Civil Veterinary Department ledger series I-VI
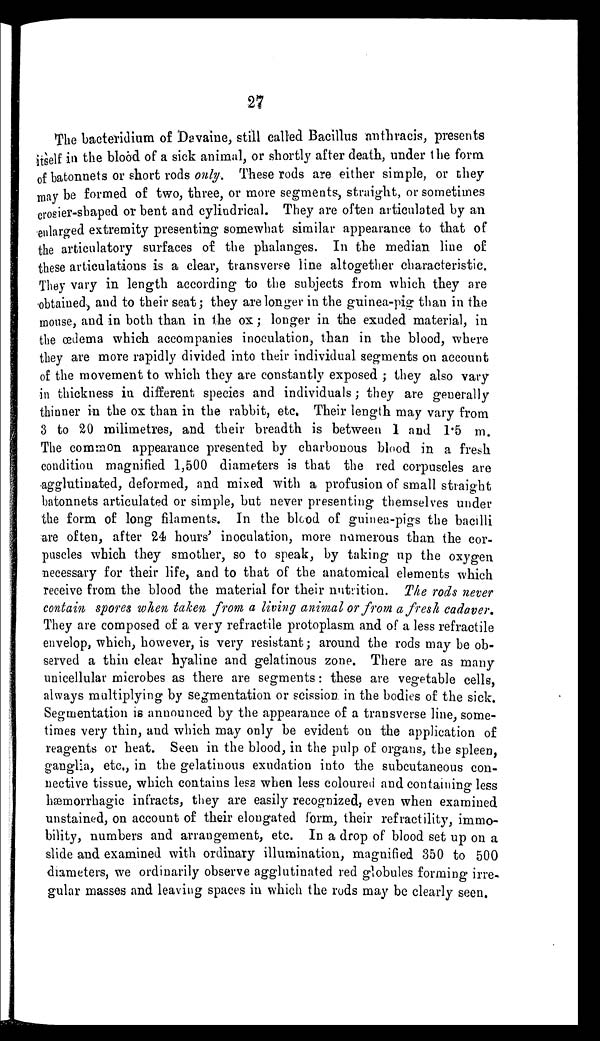
27
The bacteridium of Davaine, still called Bacillus anthracis, presents
itself in the blood of a sick animal, or shortly after death, under the form
of batonnets or short rods only. These rods are either simple, or they
may be formed of two, three, or more segments, straight, or sometimes
crosier-shaped or bent and cylindrical. They are often articulated by an
enlarged extremity presenting somewhat similar appearance to that of
the articulatory surfaces of the phalanges. In the median line of
these articulations is a clear, transverse line altogether characteristic.
They vary in length according to the subjects from which they are
obtained, and to their seat; they are longer in the guinea-pig than in the
mouse, and in both than in the ox; longer in the exuded material, in
the œdema which accompanies inoculation, than in the blood, where
they are more rapidly divided into their individual segments on account
of the movement to which they are constantly exposed; they also vary
in thickness in different species and individuals; they are generally
thinner in the ox than in the rabbit, etc. Their length may vary from
3 to 20 milimetres, and their breadth is between 1 and 1.5 m.
The common appearance presented by charbonous blood in a fresh
condition magnified 1,500 diameters is that the red corpuscles are
agglutinated, deformed, and mixed with a profusion of small straight
batonnets articulated or simple, but never presenting themselves under
the form of long filaments. In the blood of guinea-pigs the bacilli
are often, after 24 hours' inoculation, more numerous than the cor-
puscles which they smother, so to speak, by taking up the oxygen
necessary for their life, and to that of the anatomical elements which
receive from the blood the material for their nutrition. The rods never
contain spores when taken from a living animal or from a fresh cadaver.
They are composed of a very refractile protoplasm and of a less refractile
envelop, which, however, is very resistant; around the rods may be ob-
served a thin clear hyaline and gelatinous zone. There are as many
unicellular microbes as there are segments: these are vegetable cells,
always multiplying by segmentation or scission in the bodies of the sick.
Segmentation is announced by the appearance of a transverse line, some-
times very thin, and which may only be evident on the application of
reagents or heat. Seen in the blood, in the pulp of organs, the spleen,
ganglia, etc., in the gelatinous exudation into the subcutaneous con-
nective tissue, which contains less when less coloured and containing less
hæmorrhagic infracts, they are easily recognized, even when examined
unstained, on account of their elongated form, their refractility, immo-
bility, numbers and arrangement, etc. In a drop of blood set up on a
slide and examined with ordinary illumination, magnified 350 to 500
diameters, we ordinarily observe agglutinated red globules forming irre-
gular masses and leaving spaces in which the rods may be clearly seen.